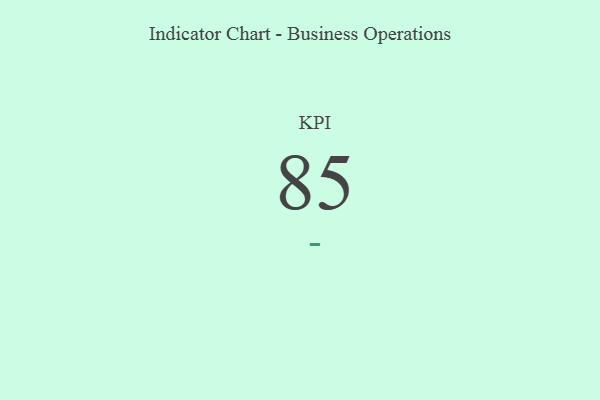
{"axis": {"x": "KPI", "y": "Value"}, "legend": [""], "data": [{"x": "KPI", "y": 85, "type": ""}]}